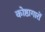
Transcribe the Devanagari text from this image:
कोष्ठागारों